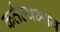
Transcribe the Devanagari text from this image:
कर्तव्यभाव